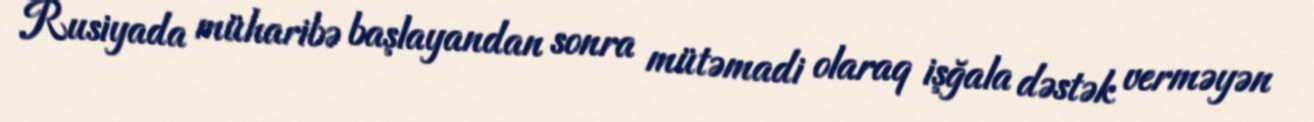
Rusiyada müharibə başlayandan sonra mütəmadi olaraq işğala dəstək verməyən